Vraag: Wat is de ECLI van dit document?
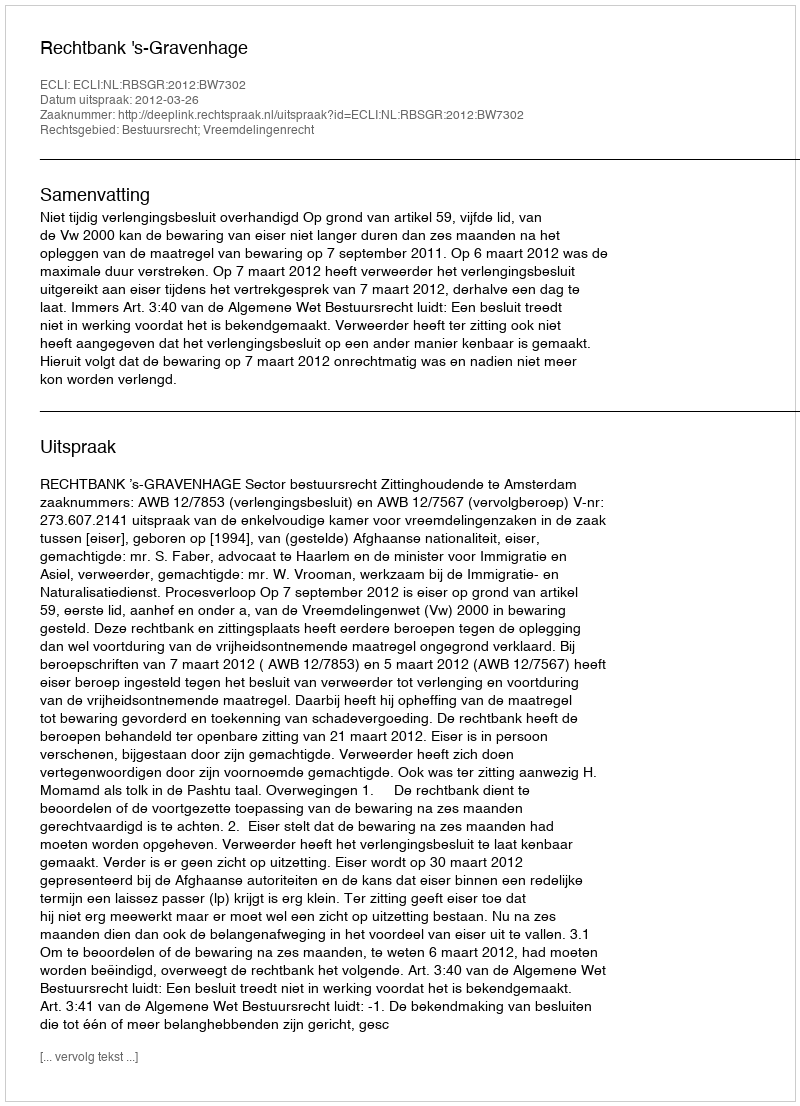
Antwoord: ECLI:NL:RBSGR:2012:BW7302